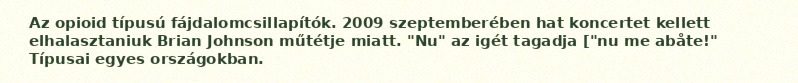
Az opioid típusú fájdalomcsillapítók. 2009 szeptemberében hat koncertet kellett elhalasztaniuk Brian Johnson műtétje miatt. "Nu" az igét tagadja ["nu me abåte!" Típusai egyes országokban.